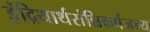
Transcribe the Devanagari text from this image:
इंद्रियार्थसंन्निकर्षजन्य